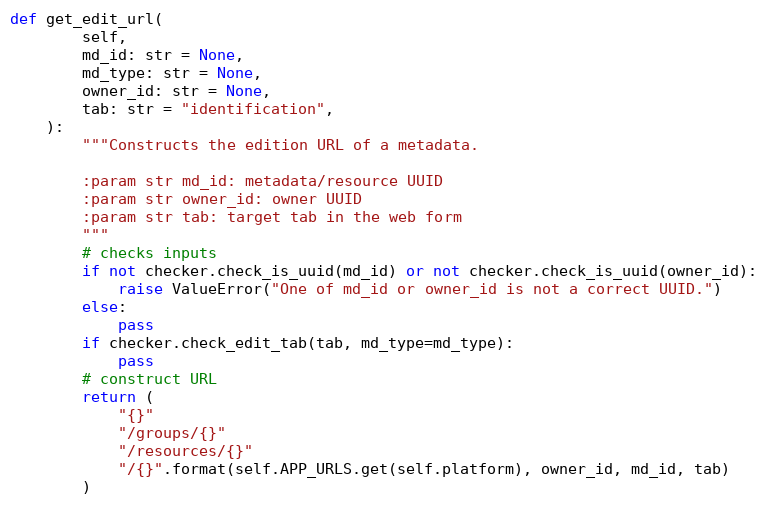
Language: Python
def get_edit_url(
        self,
        md_id: str = None,
        md_type: str = None,
        owner_id: str = None,
        tab: str = "identification",
    ):
        """Constructs the edition URL of a metadata.

        :param str md_id: metadata/resource UUID
        :param str owner_id: owner UUID
        :param str tab: target tab in the web form
        """
        # checks inputs
        if not checker.check_is_uuid(md_id) or not checker.check_is_uuid(owner_id):
            raise ValueError("One of md_id or owner_id is not a correct UUID.")
        else:
            pass
        if checker.check_edit_tab(tab, md_type=md_type):
            pass
        # construct URL
        return (
            "{}"
            "/groups/{}"
            "/resources/{}"
            "/{}".format(self.APP_URLS.get(self.platform), owner_id, md_id, tab)
        )